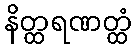
နိတ္ထရဏတ္ထံ